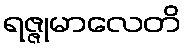
ရဇ္ဇုမာလေတိ